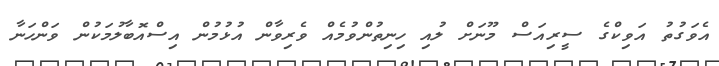
އެވަގުތު އަވިކްގެ ސީރިއަސް މޫނަށް ލުއި ހިނިތުންވުމެއް ވެރިވާން އުޅުމުން އިސްއޮބާލުމަކުން ވަންހަނާ